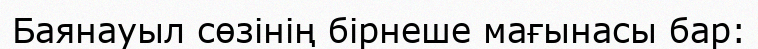
Баянауыл сөзінің бірнеше мағынасы бар: